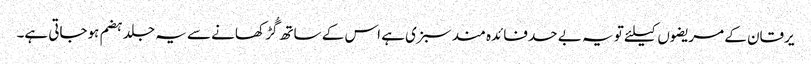
یرقان کے مریضوں کیلئے تو یہ بے حد فائدہ مند سبزی ہے اس کے ساتھ گُڑ کھانے سے یہ جلد ہضم ہوجاتی ہے۔